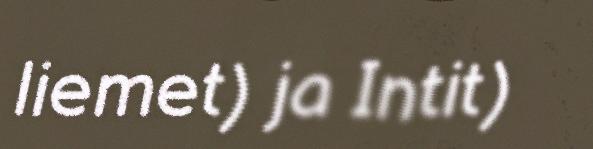
liemet) ja Intit)